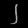
Digit: ၂